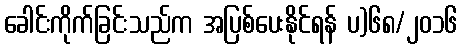
ခေါင်းကိုက်ခြင်းသည်က အပြစ်ပေးနိုင်ရန် ပ)၆၈/၂၀၁၆